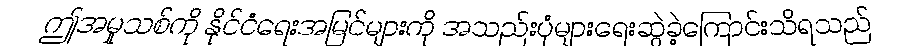
ဤအမှုသစ်ကို နိုင်ငံရေးအမြင်များကို အသည်းပုံများရေးဆွဲခဲ့ကြောင်းသိရသည်